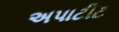
અપાટીટ